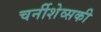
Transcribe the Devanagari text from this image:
चर्नीशेव्सकी